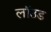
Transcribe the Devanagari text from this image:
लॉउड